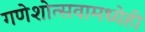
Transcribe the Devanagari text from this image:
गणेशोत्सवामध्येही